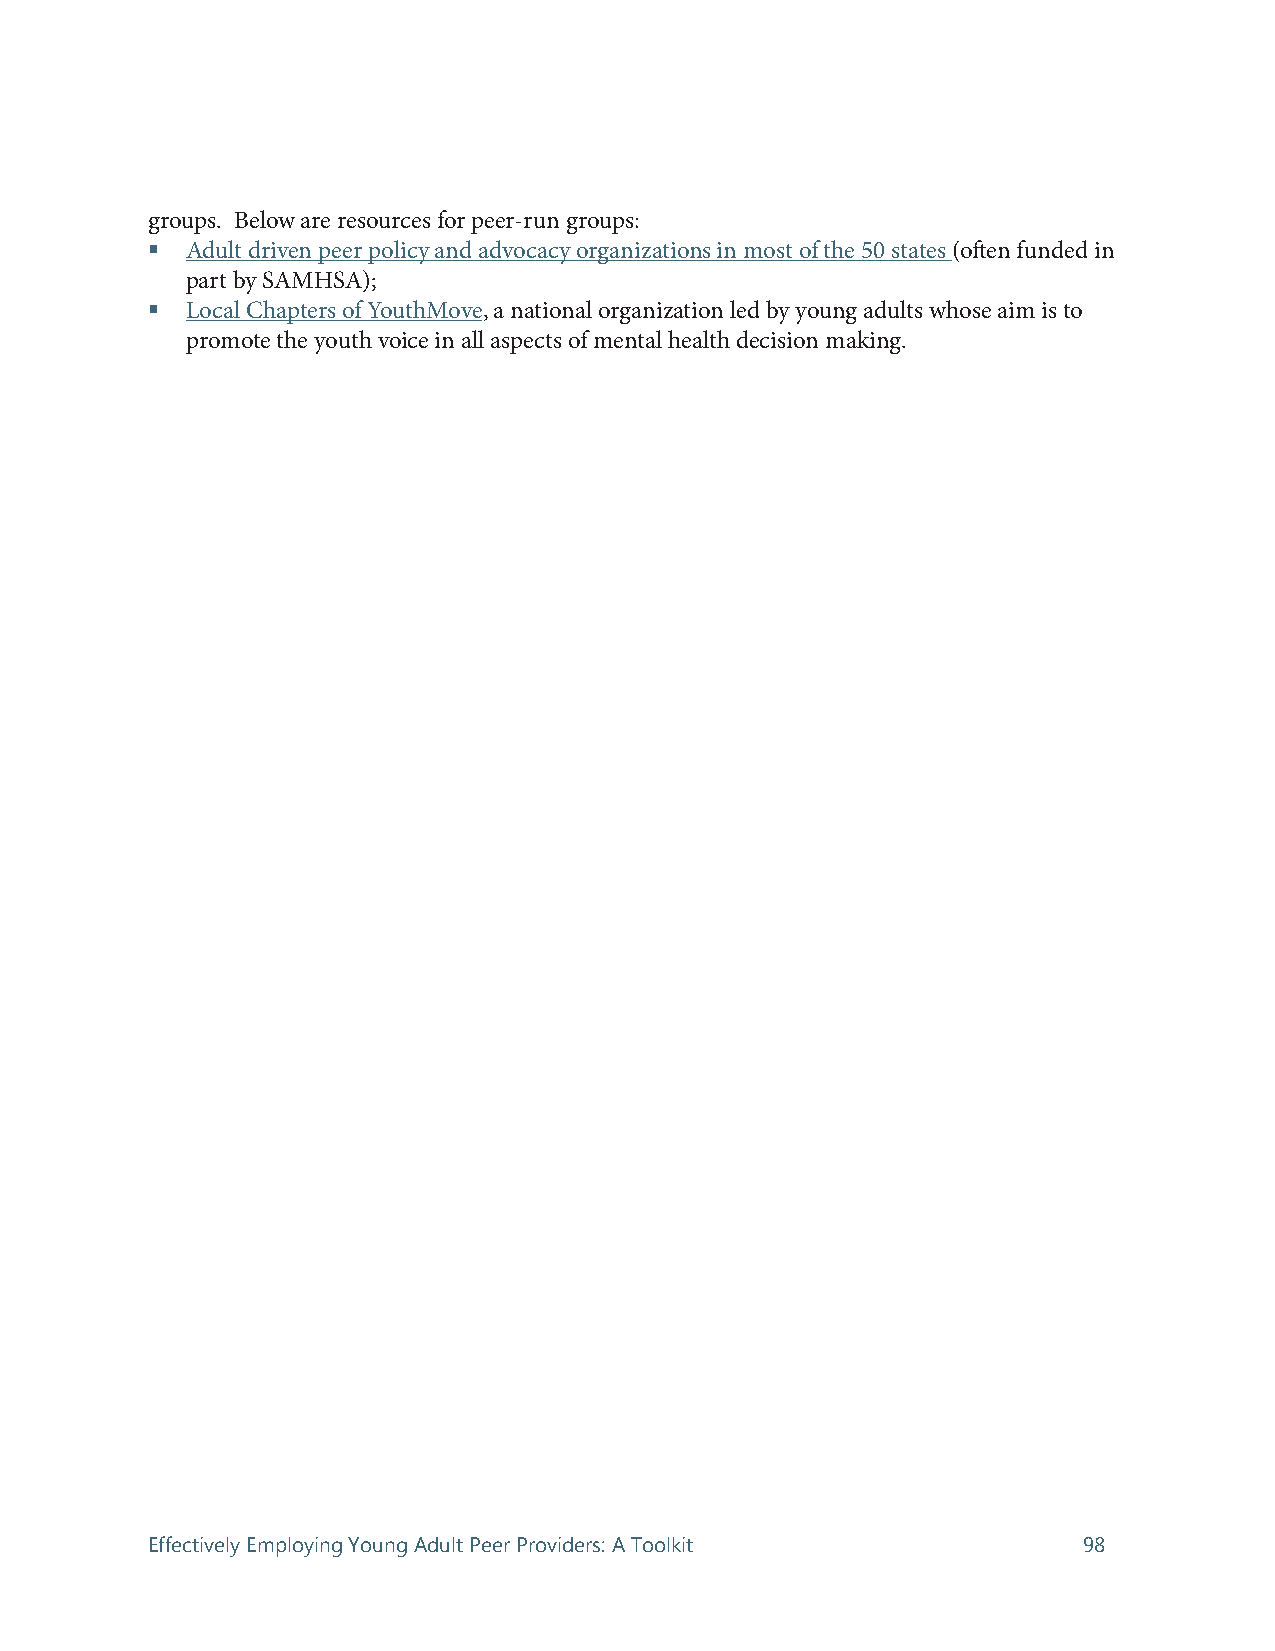
groups. Below are resources for peer-run groups:
  Adult driven peer policy and advocacy organizations in most of the 50 states (often funded in
 part by SAMHSA);
  Local Chapters of YouthMove, a national organization led by young adults whose aim is to
 promote the youth voice in all aspects of mental health decision making.
 Effectively Employing Young Adult Peer Providers: A Toolkit   98